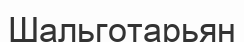
Шальготарьян